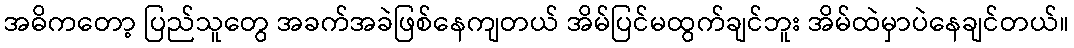
အဓိကတော့ ပြည်သူတွေ အခက်အခဲဖြစ်နေကျတယ် အိမ်ပြင်မထွက်ချင်ဘူး အိမ်ထဲမှာပဲနေချင်တယ်။